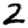
Digit: 2